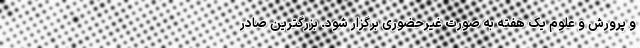
و پرورش و علوم یک هفته به صورت غیرحضوری برگزار شود. بزرگترین صادر